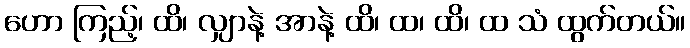
ဟော ကြည့်၊ ထိ၊ လျှာနဲ့ အာနဲ့ ထိ၊ ထ၊ ထိ၊ ထ သံ ထွက်တယ်။